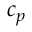
c _ { p }